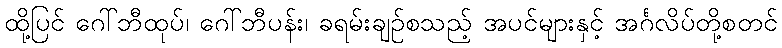
ထို့ပြင် ဂေါ်ဘီထုပ်၊ ဂေါ်ဘီပန်း၊ ခရမ်းချဉ်စသည့် အပင်များနှင့် အင်္ဂလိပ်တို့စတင်